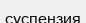
суспензия